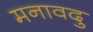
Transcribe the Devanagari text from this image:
मनावदु